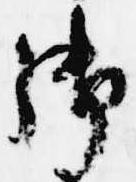
御